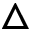
\bigtriangleup